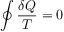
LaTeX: \oint { \frac { \delta Q } { T } } = 0